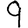
Digit: 9